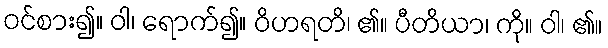
ဝင်စား၍။ ဝါ၊ ရောက်၍။ ဝိဟရတိ၊ ၏။ ပီတိယာ၊ ကို။ ဝါ၊ ၏။